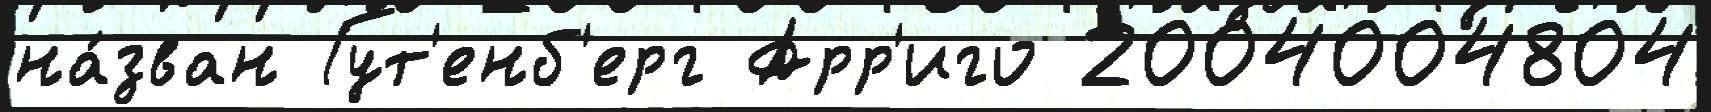
на́зван Гут'енб'ерг Арр'иго 2004004804